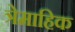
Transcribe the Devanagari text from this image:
त्रेमाहिक